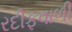
રદીફવાળી